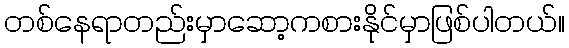
တစ်နေရာတည်းမှာဆော့ကစားနိုင်မှာဖြစ်ပါတယ်။